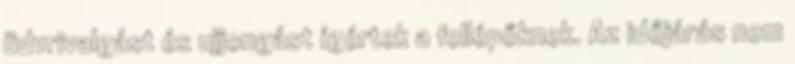
üdvrivalgást és ujjongást ígértek a fellépőknek. Az időjárás nem